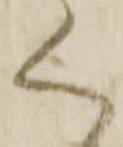
く